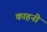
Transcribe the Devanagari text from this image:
काहनी